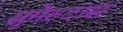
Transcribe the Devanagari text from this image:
सुमेरुदास